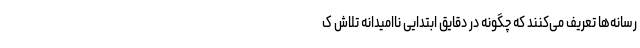
رسانه‌ها تعریف می‌کنند که چگونه در دقایق ابتدایی ناامیدانه تلاش ک